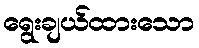
ရွေးချယ်ထားသော